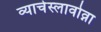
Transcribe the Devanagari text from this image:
व्याचेस्लावोव्ना